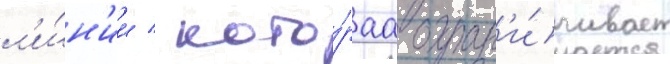
л'и́н'ии / кото́раа огран'и́чивает